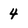
Character: 4